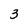
Character: 3